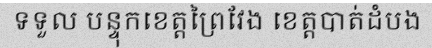
ទទួល បន្ទុកខេត្តព្រៃវែង ខេត្តបាត់ដំបង